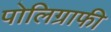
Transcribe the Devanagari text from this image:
पोलिग्राफी